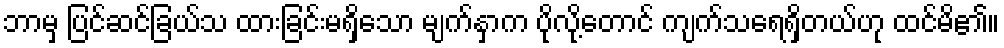
ဘာမှ ပြင်ဆင်ခြယ်သ ထားခြင်းမရှိသော မျက်နှာက ပိုလို့တောင် ကျက်သရေရှိတယ်ဟု ထင်မိ၏။